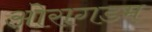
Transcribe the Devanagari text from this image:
ओरागडम